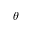
\theta